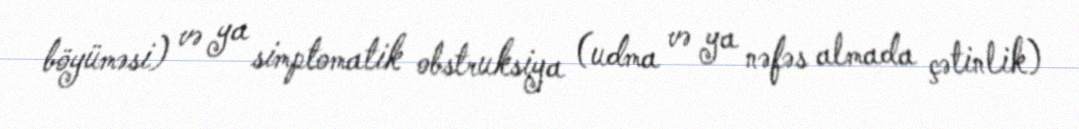
böyüməsi) və ya simptomatik obstruksiya (udma və ya nəfəs almada çətinlik)